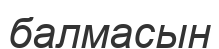
балмасын